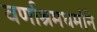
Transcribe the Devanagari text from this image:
वर्णाश्रमधर्माने